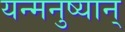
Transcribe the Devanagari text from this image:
यन्मनुष्यान्